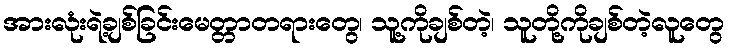
အားလုံးရဲ့ချစ်ခြင်းမေတ္တာတရားတွေ၊ သူ့ကိုချစ်တဲ့၊ သူတို့ကိုချစ်တဲ့လူတွေ